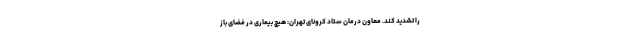
را تشدید کند. معاون درمان ستاد کرونای تهران: هیچ بیماری در فضای باز